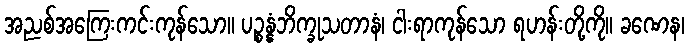
အညစ်အကြေးကင်းကုန်သော။ ပဉ္စန္နံဘိက္ခုသတာနံ၊ ငါးရာကုန်သော ရဟန်းတို့ကို။ ခဏေန၊